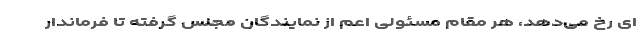
ای رخ می‌دهد، هر مقام مسئولی اعم از نمایندگان مجلس گرفته تا فرماندار